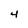
Character: 4